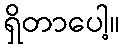
ရှိတာပေါ့။